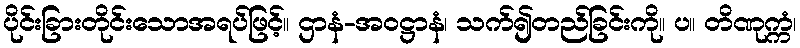
ပိုင်းခြားတိုင်းသောအရပ်ဖြင့်။ ဌာနံ-အဝဋ္ဌာနံ၊ သက်၍တည်ခြင်းကို။ ပ။ တိဏုက္ကံ၊